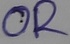
Text: OR